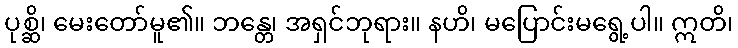
ပုစ္ဆိ၊ မေးတော်မူ၏။ ဘန္တေ၊ အရှင်ဘုရား။ နဟိ၊ မပြောင်းမရွေ့ပါ။ ဣတိ၊